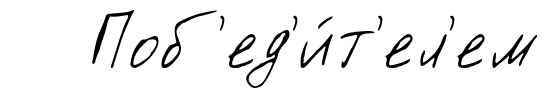
Поб'ед'и́т'ел'ем